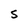
Character: 5